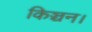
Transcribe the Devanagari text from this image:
किञ्चन।